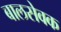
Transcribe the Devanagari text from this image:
बालसेवक